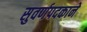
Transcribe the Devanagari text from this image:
सुवर्णपदकाने